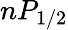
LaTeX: nP_{1/2}